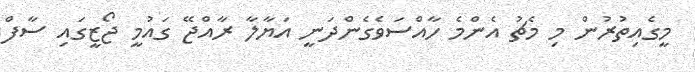
މީގެއިތުރުން މި މެޗު އެންމެ ހާއްސަވެގެންދަނީ އަޔާލާ ރާއްޖޭ ގައުމީ ޖޯޒީގައި ސާފް